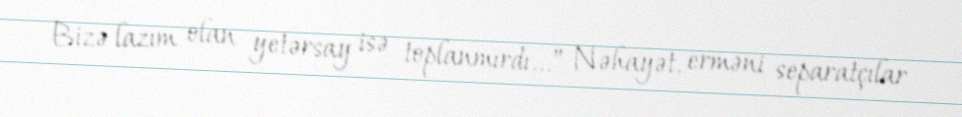
Bizə lazım olan yetərsay isə toplanmırdı...” Nəhayət, erməni separatçılar